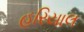
હરિયાલ